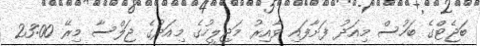
ބަޖެޓްގެ ބަހުސް މިއަދު ފަށާފައި ވާއިރު މަޖިލީހުގެ މިއަދުގެ ޖަލްސާ މިރޭ 23:00